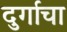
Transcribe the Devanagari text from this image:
दुर्गाचा